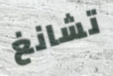
تشانغ